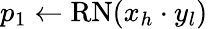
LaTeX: p_{1}\gets\mathrm{RN}(x_{h}\cdot y_{l})